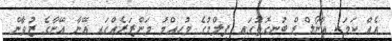
އެއް ކަމަކީ އާނޯލްޑް ބުނިގޮތުގައި ފިލްމުގެ މުހިއްމު މަންޒަރެއްގައި އޭނާ އޭނާގެ ޒުވާން